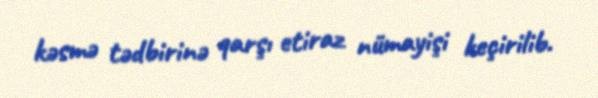
kəsmə tədbirinə qarşı etiraz nümayişi keçirilib.